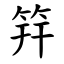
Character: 筓